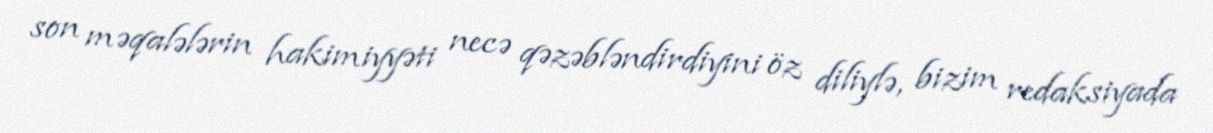
son məqalələrin hakimiyyəti necə qəzəbləndirdiyini öz diliylə, bizim redaksiyada